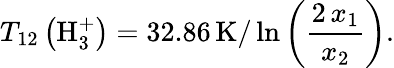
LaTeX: T_{12}\left(\mathrm{H}_{3}^{+}\right)=32.86\, \mathrm{K}/\ln\left(\frac{2\, x_{1}}{x_{2}}\right).